Kambja_algkool, lk 118
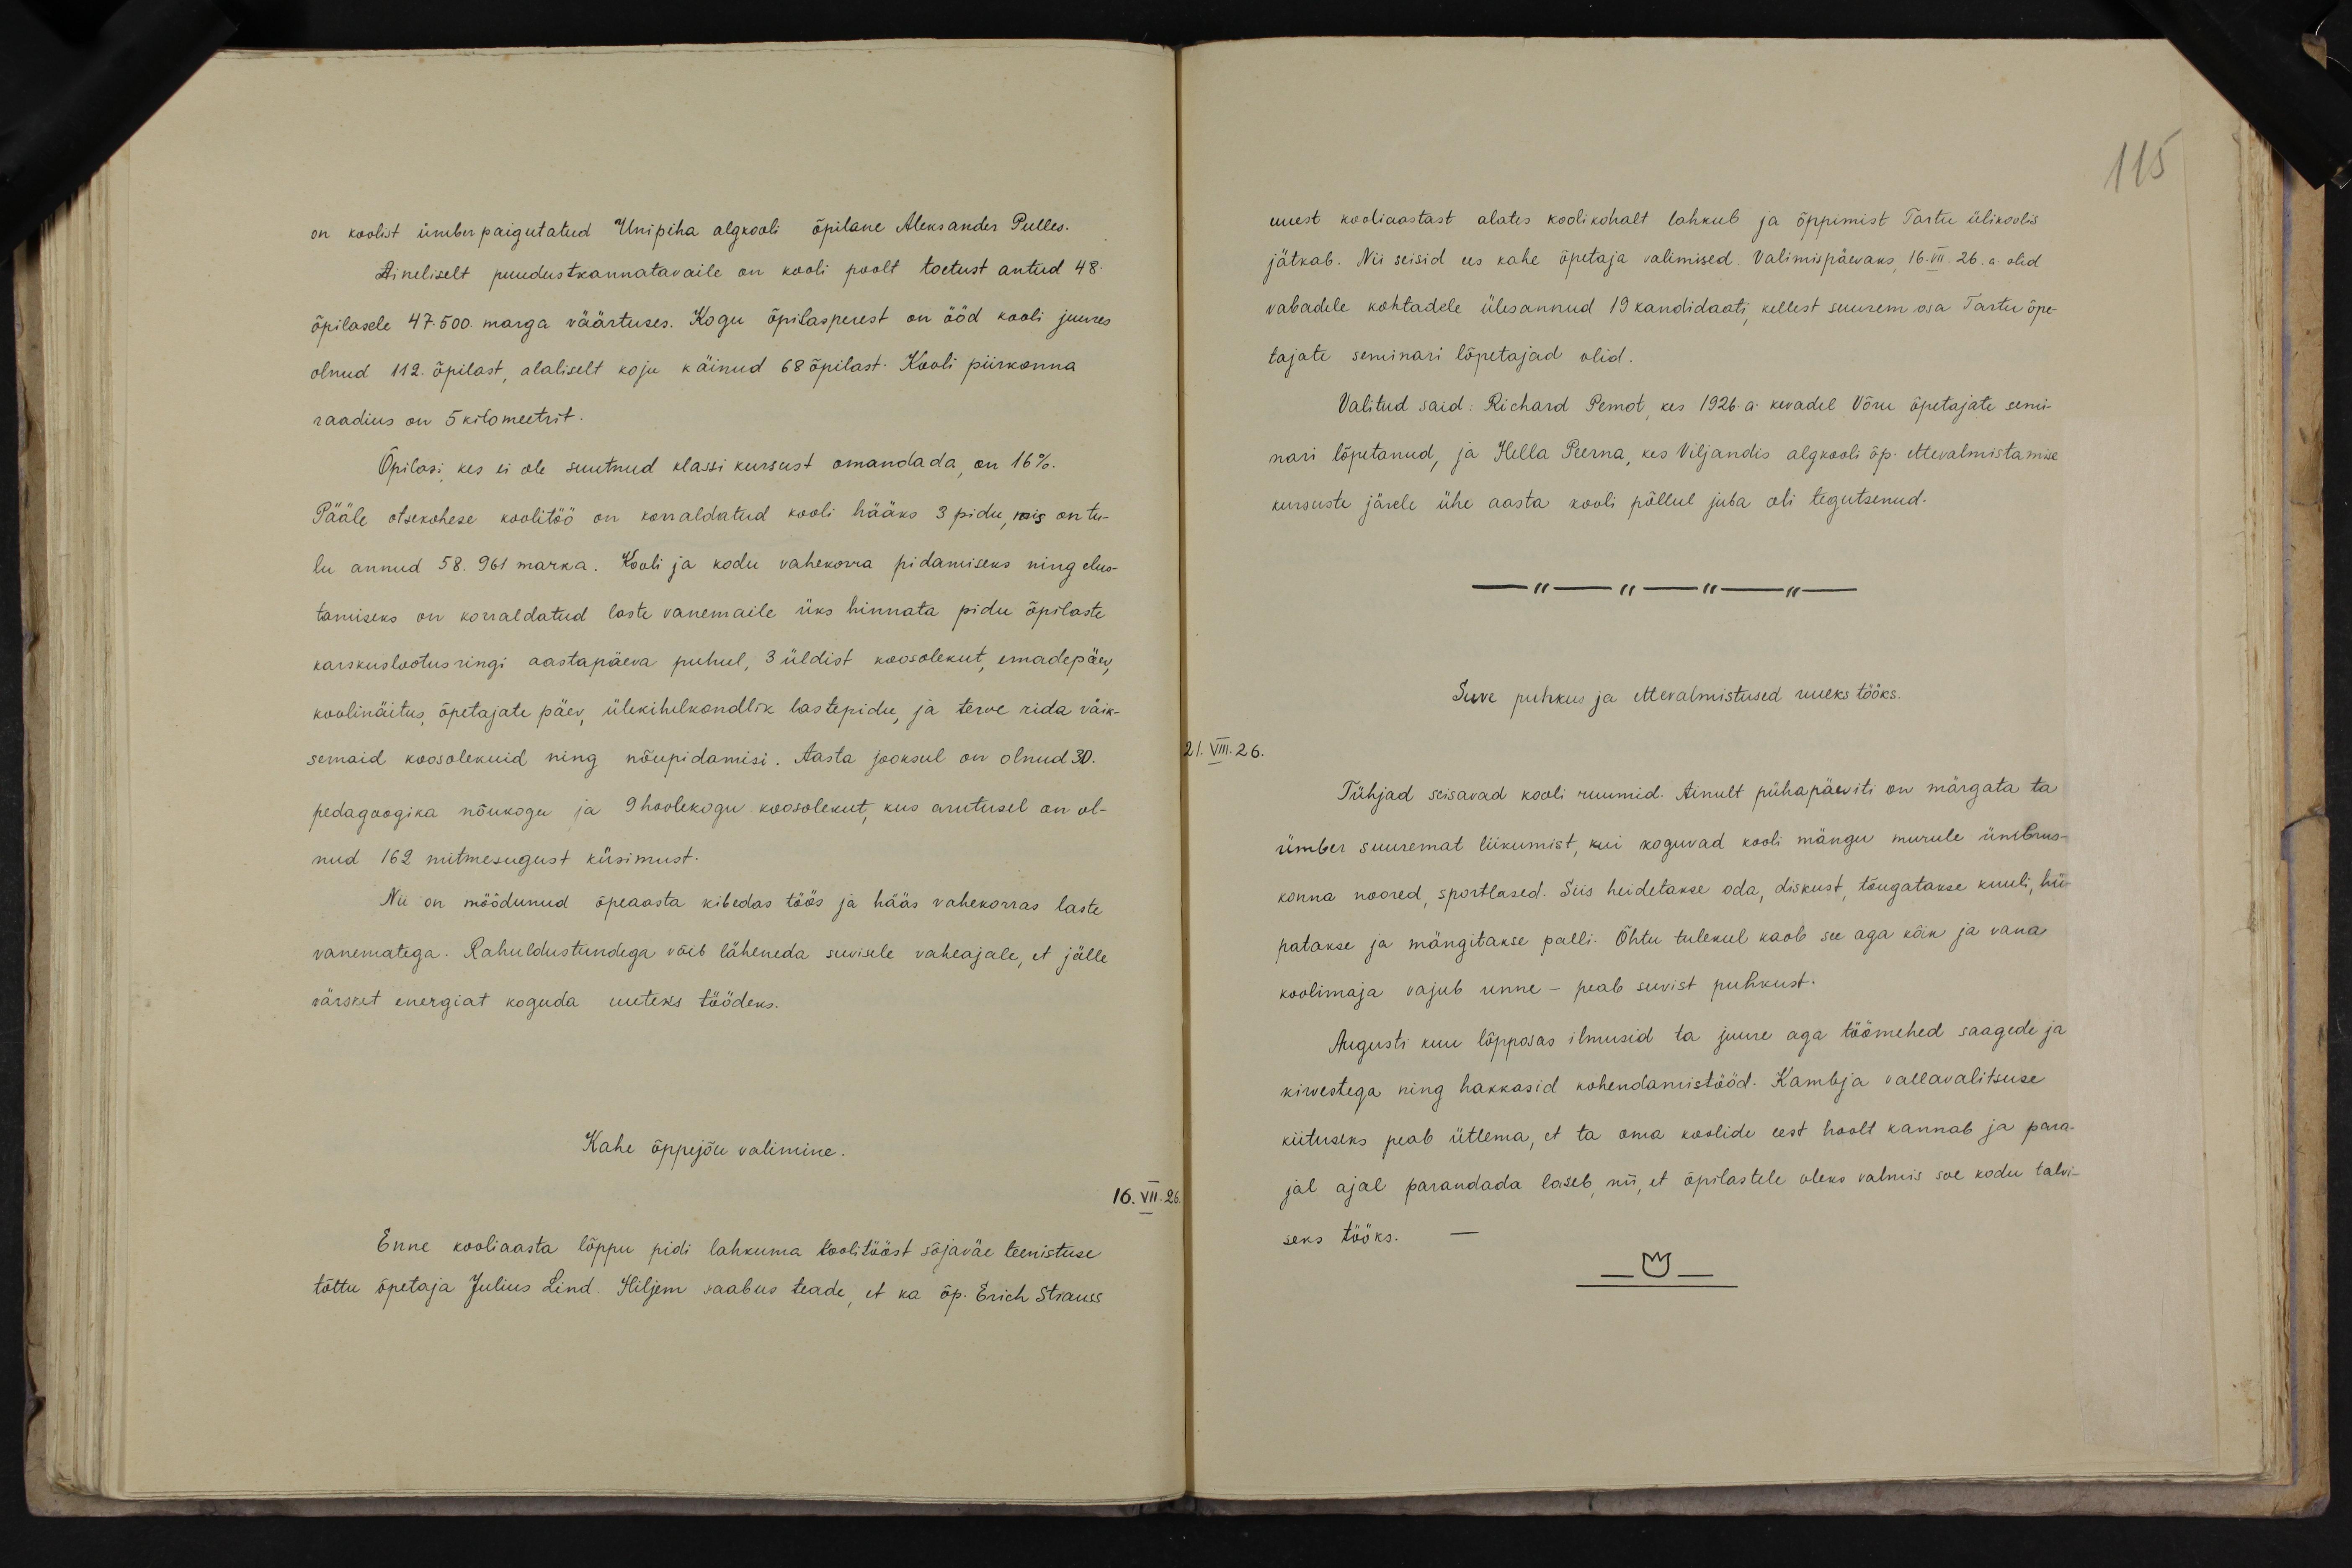
on koolist ümberpaigutatud Unipiha algkooli õpilane Aleksander Pulles.
Aineliselt puudustkannatavaile on kooli poolt toetust antud 48.
õpilasele 47.500. marga väärtuses. Kogu õpilasperest on ööd kooli juures
olnud 112. õpilast, alaliselt koju käinud 68 õpilast. Kooli piirkonna
raadius on 5 kilomeetrit.
Õpilasi kes ei ole suutnud klassi kursust omandada, on 16%.
Pääle otsekohese koolitöö on korraldatud kooli hääks 3 pidu, mis on tu-
lu annud 58. 961 marka. Kooli ja kodu vahekorra pidamiseks ning elus-
tamiseks on korraldatud laste vanemaile üks hinnata pidu õpilaste
karskuslootusringi aastapäeva puhul, 3 üldist koosolekut, emadepäev,
koolinäitus, õpetajate päev, ülekihelkondlik lastepidu, ja terve rida väik-
semaid koosolekuid ning nõupidamisi. Aasta jooksul on olnud 30.
pedagoogika nõukogu ja 9 hoolekogu koosolekut, kus arutusel on ol-
nud 162 mitmesugust küsimust.
Nii on möödunud õpeaasta kibedas töös ja hääs vahekorras laste
vanematega. Rahuldustundega võib läheneda suvisele vaheajale, et jälle
värsket energiat koguda uuteks töödeks.
Kahe õppejõu valimine.
16.VII.26.
Enne kooliaasta lõppu pidi lahkuma koolitööst sõjaväe teenistuse
tõttu õpetaja Julius Lind. Hiljem saabus teade, et ka õp. Erich Straus

115
uuest kooliaastast alates koolikohalt lahkub ja õppimist Tartu ülikoolis.
jätkab. Nii seisid ees kahe õpetaja valimised. Valimispäevaks, 16.VII. 26. a. olid.
vabadele kohtadele ülesannud 19 kandidaati, kellest suurem osa Tartu õpe-
tajate seminari lõpetajad olid.
Valitud said: Richard Pemot, kes 1926. a. kevadel Võru õpetajate semi-
nari lõpetanud, ja Hella Peema, kes Viljandis algkooli õp. ettevalmistamise
kursuste järele ühe aasta kooli põllul juba oli tegutsenud.
Suve puhkus ja ettevalmistused uueks tööks.
1.VIII.26.
Tühjad seisavad kooli ruumid. Ainult pühapäeviti on märgata ta
ümber suuremat liikumist, kui koguvad kooli mängu murule ümbrus-
konna noored, sportlased. Siis heidetakse oda, diskust, tõugatakse kuuli, hü-
patakse ja mängitakse palli. Õhtu tulekul kaob see aga kõik ja vana
koolimaja vajub unne - peab suvist puhkust.
Augusti kuu lõpposas ilmusid ta juure aga töömehed saagede ja
kirvestega ning hakkasid kohendamistööd. Kambja vallavalitsuse
kiituseks peab ütlema, et ta oma koolide eest hoolt kannab ja para-
jal ajal parandada laseb, nii, et õpilastele oleks valmis soe kodu talvi-
seks tööks.